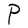
Character: P